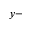
y -